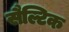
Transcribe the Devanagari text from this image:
सैल्टिक